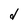
Character: d